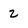
Character: 2